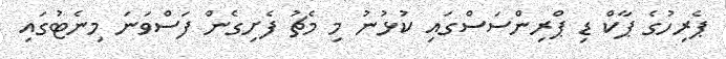
ޕެރިހުގެ ޕާކް ޑި ޕްރިންސަސްގައި ކުޅުނު މި މެޗު ފެށިގެން ފަސްވަނަ މިނެޓުގައި